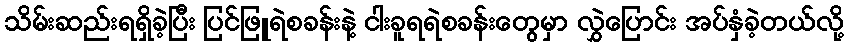
သိမ်းဆည်းရရှိခဲ့ပြီး ပြင်ဖြူရဲစခန်းနဲ့ ငါးခူရရဲစခန်းတွေမှာ လွှဲပြောင်း အပ်နှံခဲ့တယ်လို့